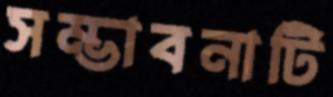
সম্ভাবনাটি